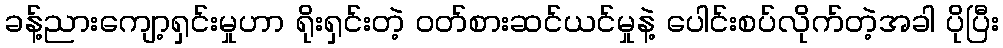
ခန့်ညားကျော့ရှင်းမှုဟာ ရိုးရှင်းတဲ့ ဝတ်စားဆင်ယင်မှုနဲ့ ပေါင်းစပ်လိုက်တဲ့အခါ ပိုပြီး